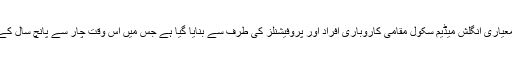
رپورٹ کے مطابق یہ معیاری انگلش میڈیم سکول مقامی کاروباری افراد اور پروفیشنلز کی طرف سے بنایا گیا ہے جس میں اس وقت چار سے پانچ سال کے 35بچے زیرتعلیم ہیں۔